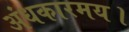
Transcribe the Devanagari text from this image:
अंधकारमय।